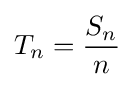
T_{n}={\frac {S_{n}}{n}}